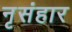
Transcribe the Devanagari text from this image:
नृसंहार